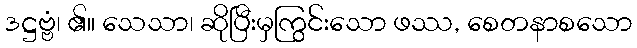
ဒဋ္ဌဗ္ဗံ၊ ၏။ သေသာ၊ ဆိုပြီးမှကြွင်းသော ဖဿ, စေတနာစသော